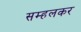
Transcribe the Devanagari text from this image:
सम्हलकर